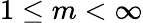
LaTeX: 1\le m<\infty